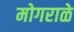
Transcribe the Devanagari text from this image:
मोगराळे